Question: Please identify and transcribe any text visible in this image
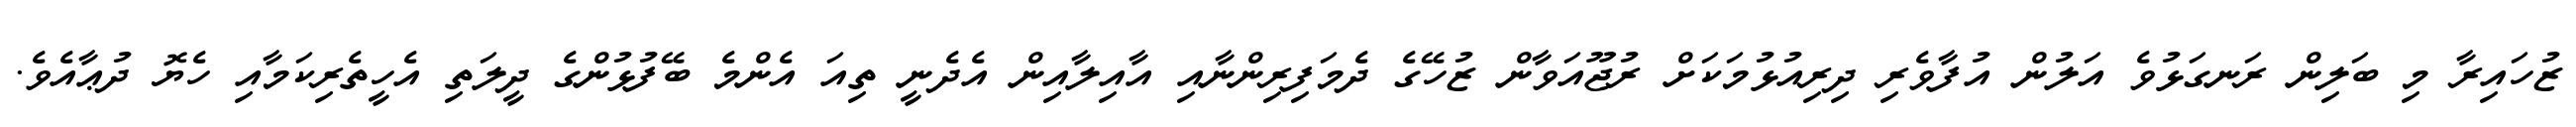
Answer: ޒުހައިރާ މި ބަލިން ރަނގަޅުވެ އަލުން އުފާވެރި ދިރިއުޅުމަކަށް ރުޖޫއަވާން ޒުހޭގެ ދެމަފިރިންނާއި އާއިލާއިން އެދެނީ ތިއަ އެންމެ ބޭފުޅުންގެ ދީލަތި އެހީތެރިކަމާއި ހެޔޮ ދުޢާއެވެ.